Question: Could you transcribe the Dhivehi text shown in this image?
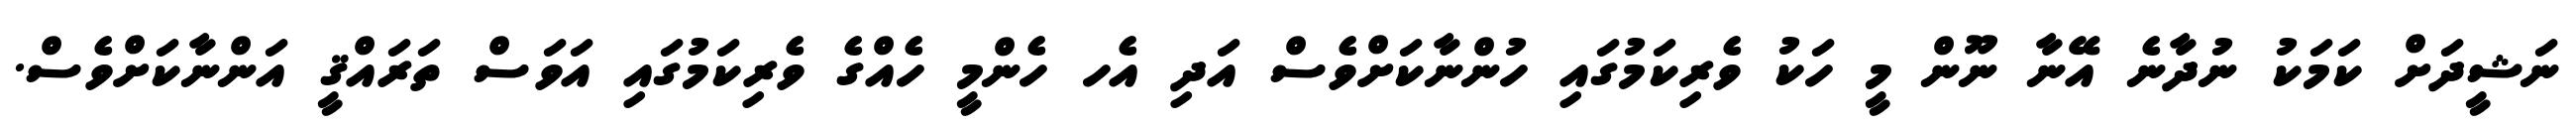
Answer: ނަޝީދަށް ކަމަކު ނުދާނެ އޭނާ ނޫން މީ ހަކު ވެރިކަމުގައި ހުންނާކަށްވެސް އަދި އެހ ހެންމީ ހެއްގެ ވެރިކަމުގައި އަވަސް ތަރައްޤީ އަންނާކަށްވެސް.